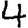
Digit: 4